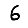
Digit: 6